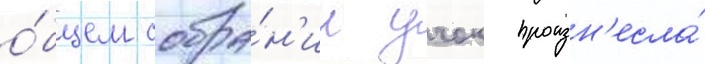
о́бщем собра́н'ии учок произн'есла́